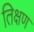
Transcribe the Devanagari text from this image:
तिक्षण